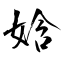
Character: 娢